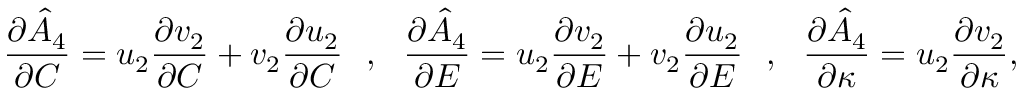
\frac { \partial \hat { A } _ { 4 } } { \partial C } = u _ { 2 } \frac { \partial v _ { 2 } } { \partial C } + v _ { 2 } \frac { \partial u _ { 2 } } { \partial C } ~ ~ , ~ ~ \frac { \partial \hat { A } _ { 4 } } { \partial E } = u _ { 2 } \frac { \partial v _ { 2 } } { \partial E } + v _ { 2 } \frac { \partial u _ { 2 } } { \partial E } ~ ~ , ~ ~ \frac { \partial \hat { A } _ { 4 } } { \partial \kappa } = u _ { 2 } \frac { \partial v _ { 2 } } { \partial \kappa } ,